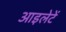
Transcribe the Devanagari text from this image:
आइलेटें